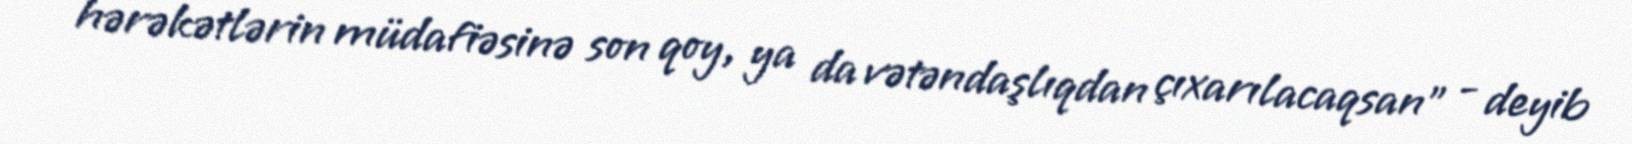
hərəkətlərin müdafiəsinə son qoy, ya da vətəndaşlıqdan çıxarılacaqsan" - deyib